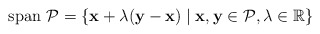
\begin{align*}\mathrm{span}~\mathcal{P} = \{ \mathbf{x} + \lambda (\mathbf{y}-\mathbf{x}) \mid \mathbf{x}, \mathbf{y} \in \mathcal{P}, \lambda \in \mathbb{R} \}\end{align*}